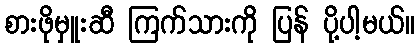
စားဖိုမှူးဆီ ကြက်သားကို ပြန် ပို့ပါ့မယ်။